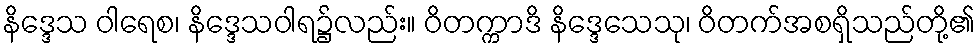
နိဒ္ဒေသ ဝါရေစ၊ နိဒ္ဒေသဝါရ၌လည်း။ ဝိတက္ကာဒိ နိဒ္ဒေသေသု၊ ဝိတက်အစရှိသည်တို့၏